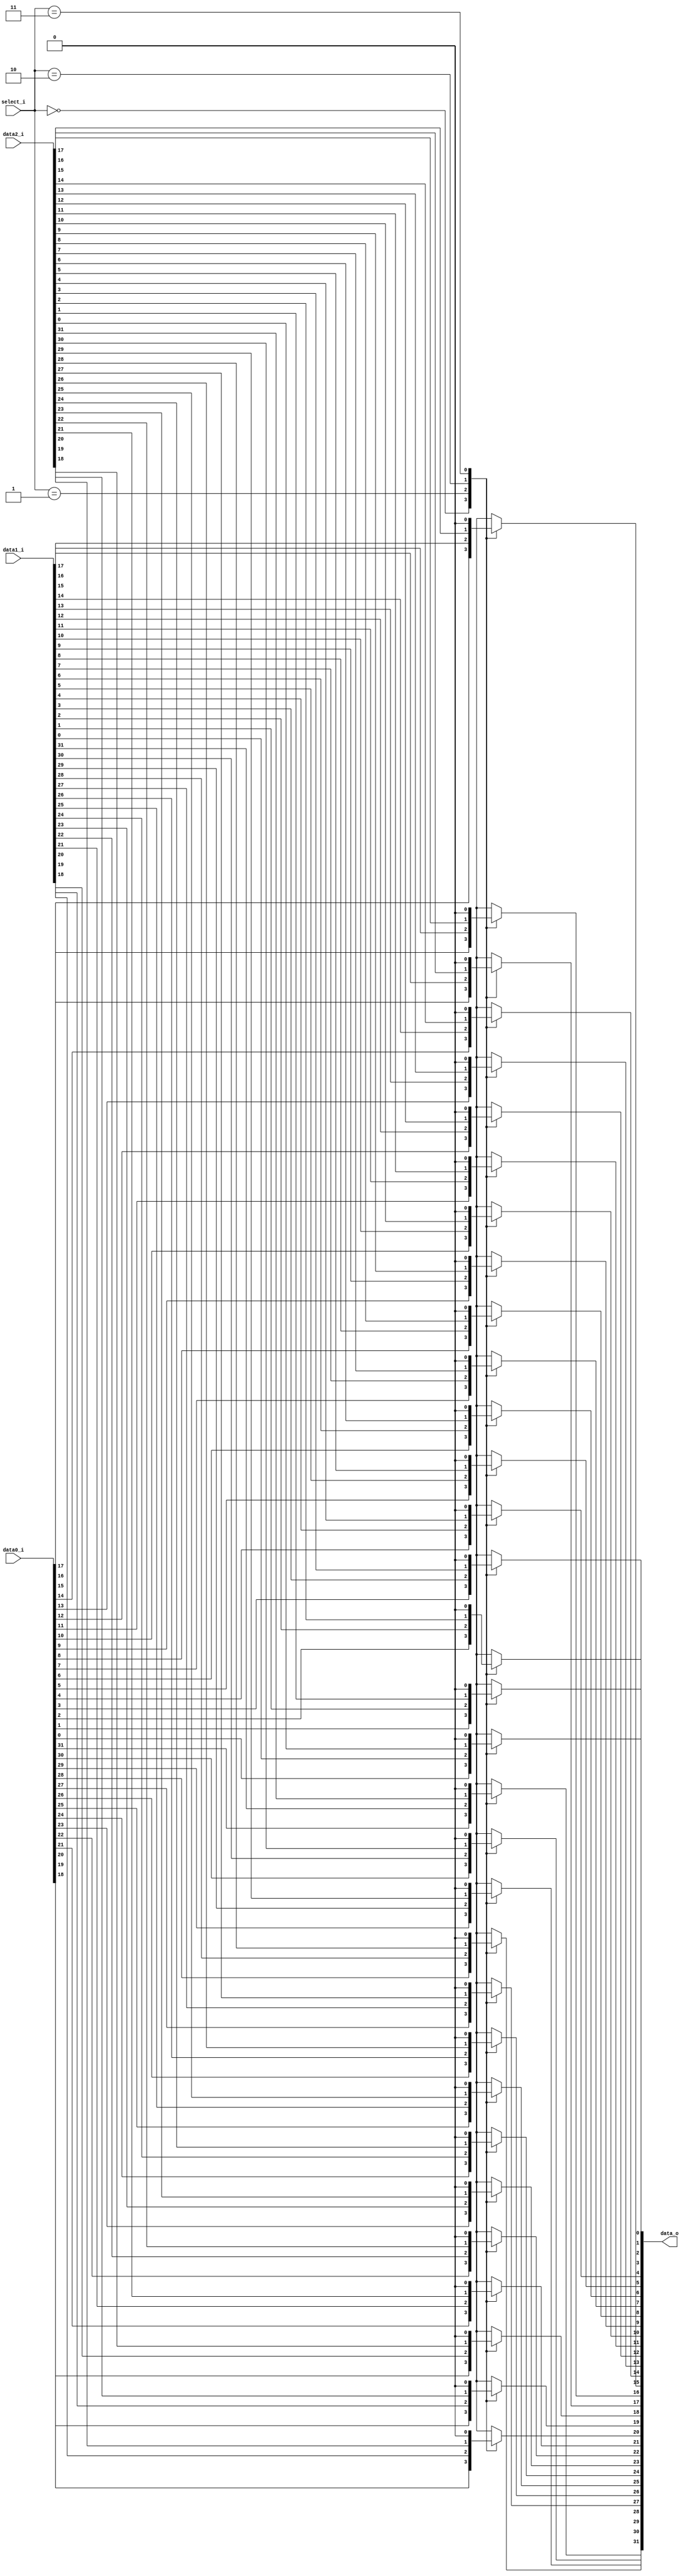
/***************************************************
Student Name: , 
Student ID: 0716229, 0716236
***************************************************/

`timescale 1ns/1ps

module MUX_3to1(
	input  [31:0] data0_i,       
	input  [31:0] data1_i,
	input  [31:0] data2_i,
	input  [ 1:0] select_i,
	output reg[31:0] data_o
    );		   

/* Write your code HERE */
	genvar index;
	for(index=0;index<32;index=index+1)begin
		always @(*)begin
			case(select_i)
				2'b00: data_o[index]=data0_i[index];
				2'b01: data_o[index]=data1_i[index];
				2'b10: data_o[index]=data2_i[index];
				2'b11: data_o[index]=0;
			endcase
		end
	end	

endmodule